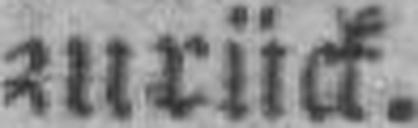
zurück.